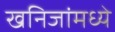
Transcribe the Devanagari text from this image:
खनिजांमध्ये